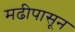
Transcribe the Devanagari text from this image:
मढीपासून